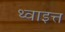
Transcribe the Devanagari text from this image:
थ्वाइत्त